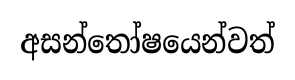
අසන්තෝෂයෙන්වත්